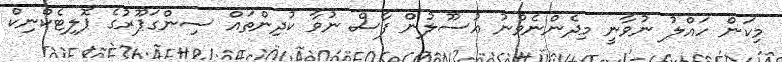
މިކަން ހައްލު ނުވާނީ މިދެންނެވުނު އުސޫލުން ފާސް ނުވާ ކުދިންތައް ސިންގަޕޫރުގެ ޕޮލިޓެކްނިކް